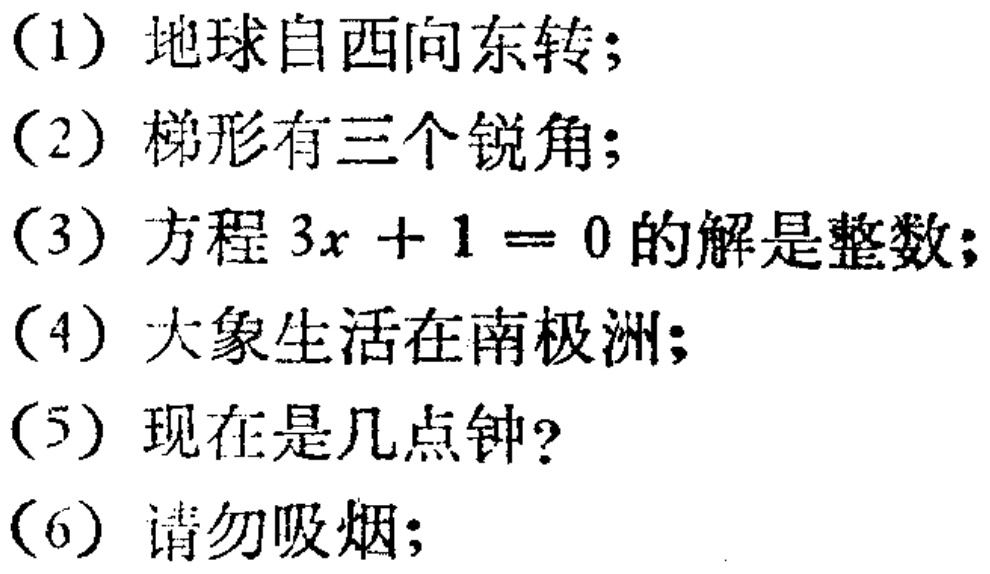
(1) 地球自西向东转;

(2) 梯形有三个锐角;

(3) 方程\(3x + 1 = 0\)的解是整数;

(4) 大象生活在南极洲;

(5) 现在是几点钟?

(6) 请勿吸烟;